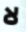
لا